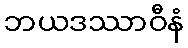
ဘယဒဿာဝီနံ